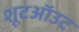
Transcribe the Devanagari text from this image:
शूटऑउट